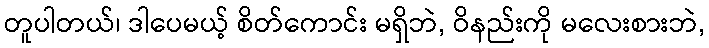
တူပါတယ်၊ ဒါပေမယ့် စိတ်ကောင်း မရှိဘဲ, ဝိနည်းကို မလေးစားဘဲ,